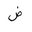
Letter: _dad